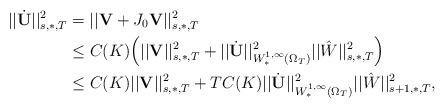
LaTeX: \begin{align*}||\dot{{\mathbf U}}||^2_{s,\ast,T}&=||{\mathbf V}+J_0{\mathbf V}||^2_{s,\ast,T}\\&\leq C(K)\Big(||{\mathbf V}||^2_{s,\ast,T}+||\dot{{\mathbf U}}||^2_{W^{1,\infty}_ {\ast}(\Omega_T)}||\hat{W}||^2_{s,\ast,T}\Big)\\&\leq C(K)||{\mathbf V}||^2_{s,\ast,T}+TC(K)||\dot{{\mathbf U}}||^2_{W^{1,\infty}_{\ast}(\Omega_T)}||\hat{W}||^2_{s+1,\ast,T},\end{align*}